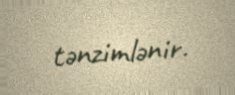
tənzimlənir.